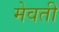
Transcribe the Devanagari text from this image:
मेवती